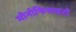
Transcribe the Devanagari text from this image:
मोनोफिसाइटों